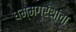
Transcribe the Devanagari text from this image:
धम्मग्रंथांचा